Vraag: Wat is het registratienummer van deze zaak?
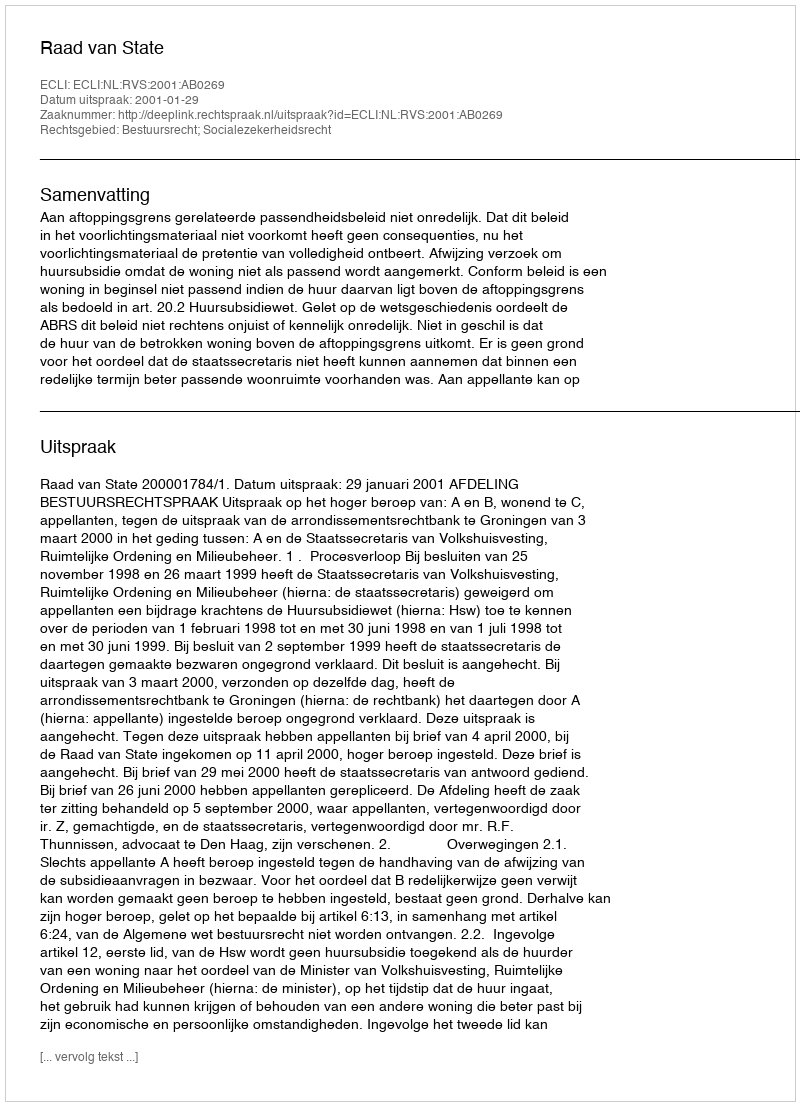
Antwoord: http://deeplink.rechtspraak.nl/uitspraak?id=ECLI:NL:RVS:2001:AB0269